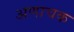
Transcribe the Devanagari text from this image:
अणाचक